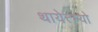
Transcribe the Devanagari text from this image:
थायेत्म्यो